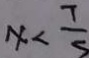
x < \frac { 7 } { 5 }